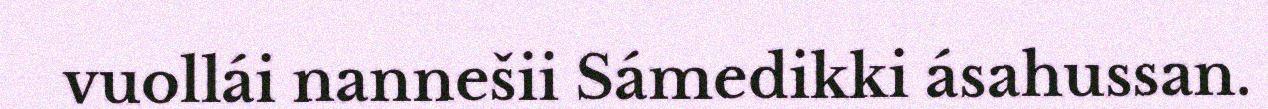
vuollái nannešii Sámedikki ásahussan.